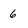
Character: 6